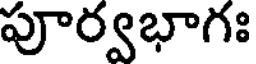
పూర్వభాగః